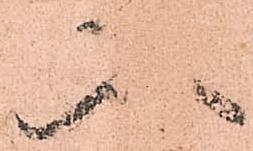
入